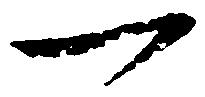
一